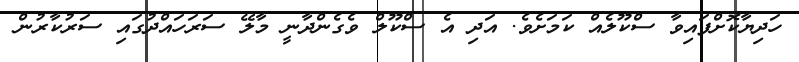
ހަދިޔާކޮށްފައިވާ ސްކޫލެއް ކަމަށެވެ. އަދި އެ ސްކޫލް ވެގެންދާނީ މާލޭ ސަރަހައްދުގައި ސަރުކާރުން